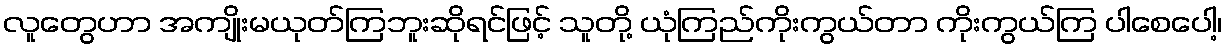
လူတွေဟာ အကျိုးမယုတ်ကြဘူးဆိုရင်ဖြင့် သူတို့ ယုံကြည်ကိုးကွယ်တာ ကိုးကွယ်ကြ ပါစေပေါ့၊